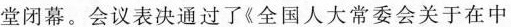
堂闭幕。会议表决通过了《全国人大常委会关于在中